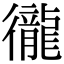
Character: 徿